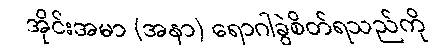
အိုင်းအမာ (အနာ) ရောဂါခွဲစိတ်ရသည်ကို